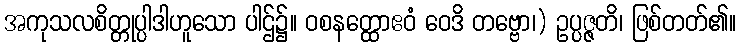
အကုသလစိတ္တုပ္ပါဒါဟူသော ပါဌ်၌။ ဝစနတ္ထောဧဝံ ဝေဒိ တဗ္ဗော၊) ဥပ္ပဇ္ဇတိ၊ ဖြစ်တတ်၏။